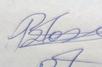
Signature authenticity: genuine